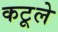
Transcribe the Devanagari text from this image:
कटूले